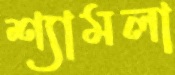
শ্যামলা